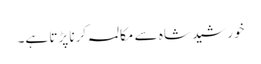
خورشید شاہ سے مکالمہ کرنا پڑتا ہے۔